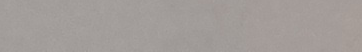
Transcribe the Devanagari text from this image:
अथ कल्पना भिन्न वत्सल चरित्